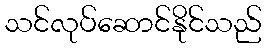
သင်လုပ်ဆောင်နိုင်သည်